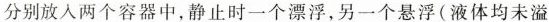
分别放入两个容器中，静止时一个漂浮，另一个悬浮(液体均未溢